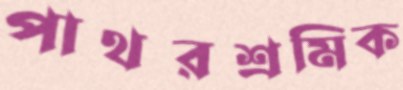
পাথরশ্রমিক